Scientific memoirs by medical officers of the Army of India - Part X,
Year: 1897
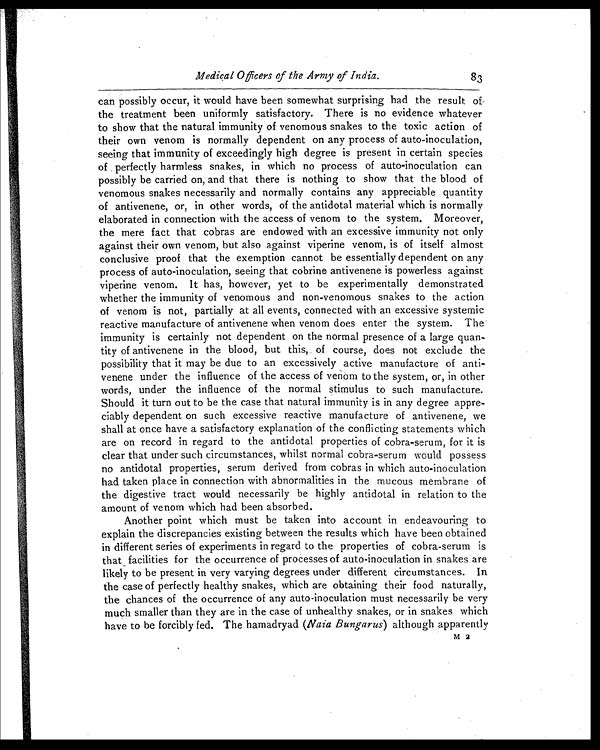
Medical Officers of the Army of India.
83
can possibly occur, it would have been somewhat surprising had the result of
the treatment been uniformly satisfactory. There is no evidence whatever
to show that the natural immunity of venomous snakes to the toxic action of
their own venom is normally dependent on any process of auto-inoculation,
seeing that immunity of exceedingly high degree is present in certain species
of perfectly harmless snakes, in which no process of auto-inoculation can
possibly be carried on, and that there is nothing to show that the blood of
venomous snakes necessarily and normally contains any appreciable quantity
of antivenene, or, in other words, of the antidotal material which is normally
elaborated in connection with the access of venom to the system. Moreover,
the mere fact that cobras are endowed with an excessive immunity not only
against their own venom, but also against viperine venom, is of itself almost
conclusive proof that the exemption cannot be essentially dependent on any
process of auto-inoculation, seeing that cobrine antivenene is powerless against
viperine venom. It has, however, yet to be experimentally demonstrated
whether the immunity of venomous and non-venomous snakes to the action
of venom is not, partially at all events, connected with an excessive systemic
reactive manufacture of antivenene when venom does enter the system. The
immunity is certainly not dependent on the normal presence of a large quan-
tity of antivenene in the blood, but this, of course, does not exclude the
possibility that it may be due to an excessively active manufacture of anti-
venene under the influence of the access of venom to the system, or, in other
words, under the influence of the normal stimulus to such manufacture.
Should it turn out to be the case that natural immunity is in any degree appre-
ciably dependent on such excessive reactive manufacture of antivenene, we
shall at once have a satisfactory explanation of the conflicting statements which
are on record in regard to the antidotal properties of cobra-serum, for it is
clear that under such circumstances, whilst normal cobra-serum would possess
no antidotal properties, serum derived from cobras in which auto-inoculation
had taken place in connection with abnormalities in the mucous membrane of
the digestive tract would necessarily be highly antidotal in relation to the
amount of venom which had been absorbed.
Another point which must be taken into account in endeavouring to
explain the discrepancies existing between the results which have been obtained
in different series of experiments in regard to the properties of cobra-serum is
that facilities for the occurrence of processes of auto-inoculation in snakes are
likely to be present in very varying degrees under different circumstances. In
the case of perfectly healthy snakes, which are obtaining their food naturally,
the chances of the occurrence of any auto-inoculation must necessarily be very
much smaller than they are in the case of unhealthy snakes, or in snakes which
have to he forcibly fed. The hamadryad (Naia Bungarus) although apparently
M 2